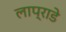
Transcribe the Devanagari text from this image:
लाप्राडे